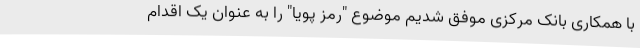
با همکاری بانک مرکزی موفق شدیم موضوع "رمز پویا" را به عنوان یک اقدام